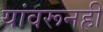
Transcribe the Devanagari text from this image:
यांवरूनही